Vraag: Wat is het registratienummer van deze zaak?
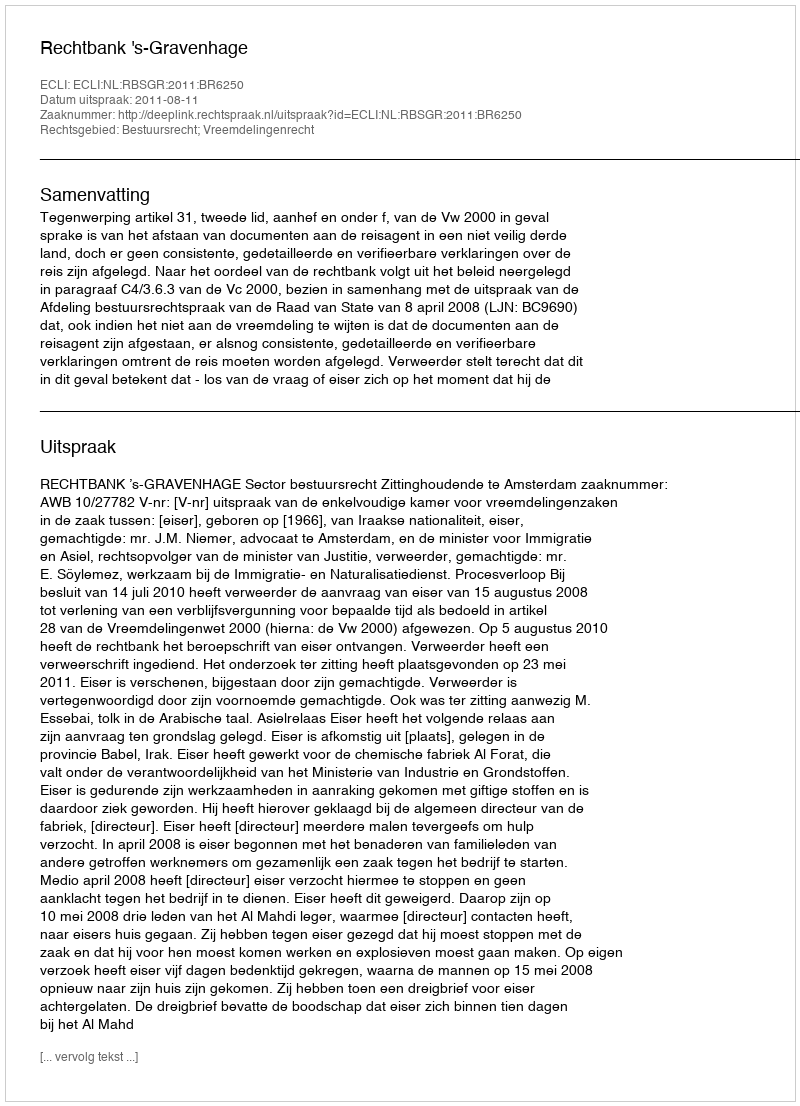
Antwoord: http://deeplink.rechtspraak.nl/uitspraak?id=ECLI:NL:RBSGR:2011:BR6250